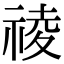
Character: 祾